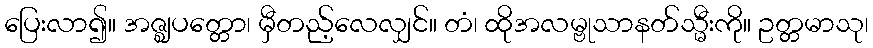
ပြေးလာ၍။ အဇ္ဈပတ္တော၊ မှီတည့်လေလျှင်။ တံ၊ ထိုအလမ္ဗုသာနတ်သ္မီးကို။ ဥတ္တမာသု၊